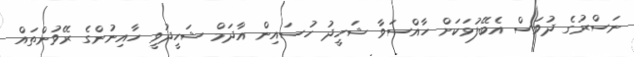
ނަސްރުގެ ދުވަސް އެބޭފުޅަކަށް ހާއްސަވާ ޝަހީދު ހުސައިން އާދަމް ޝަހީދުވީ ހާއިނުންގެ ރޭވުންތައް